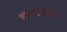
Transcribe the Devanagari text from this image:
शक्यतेकडे